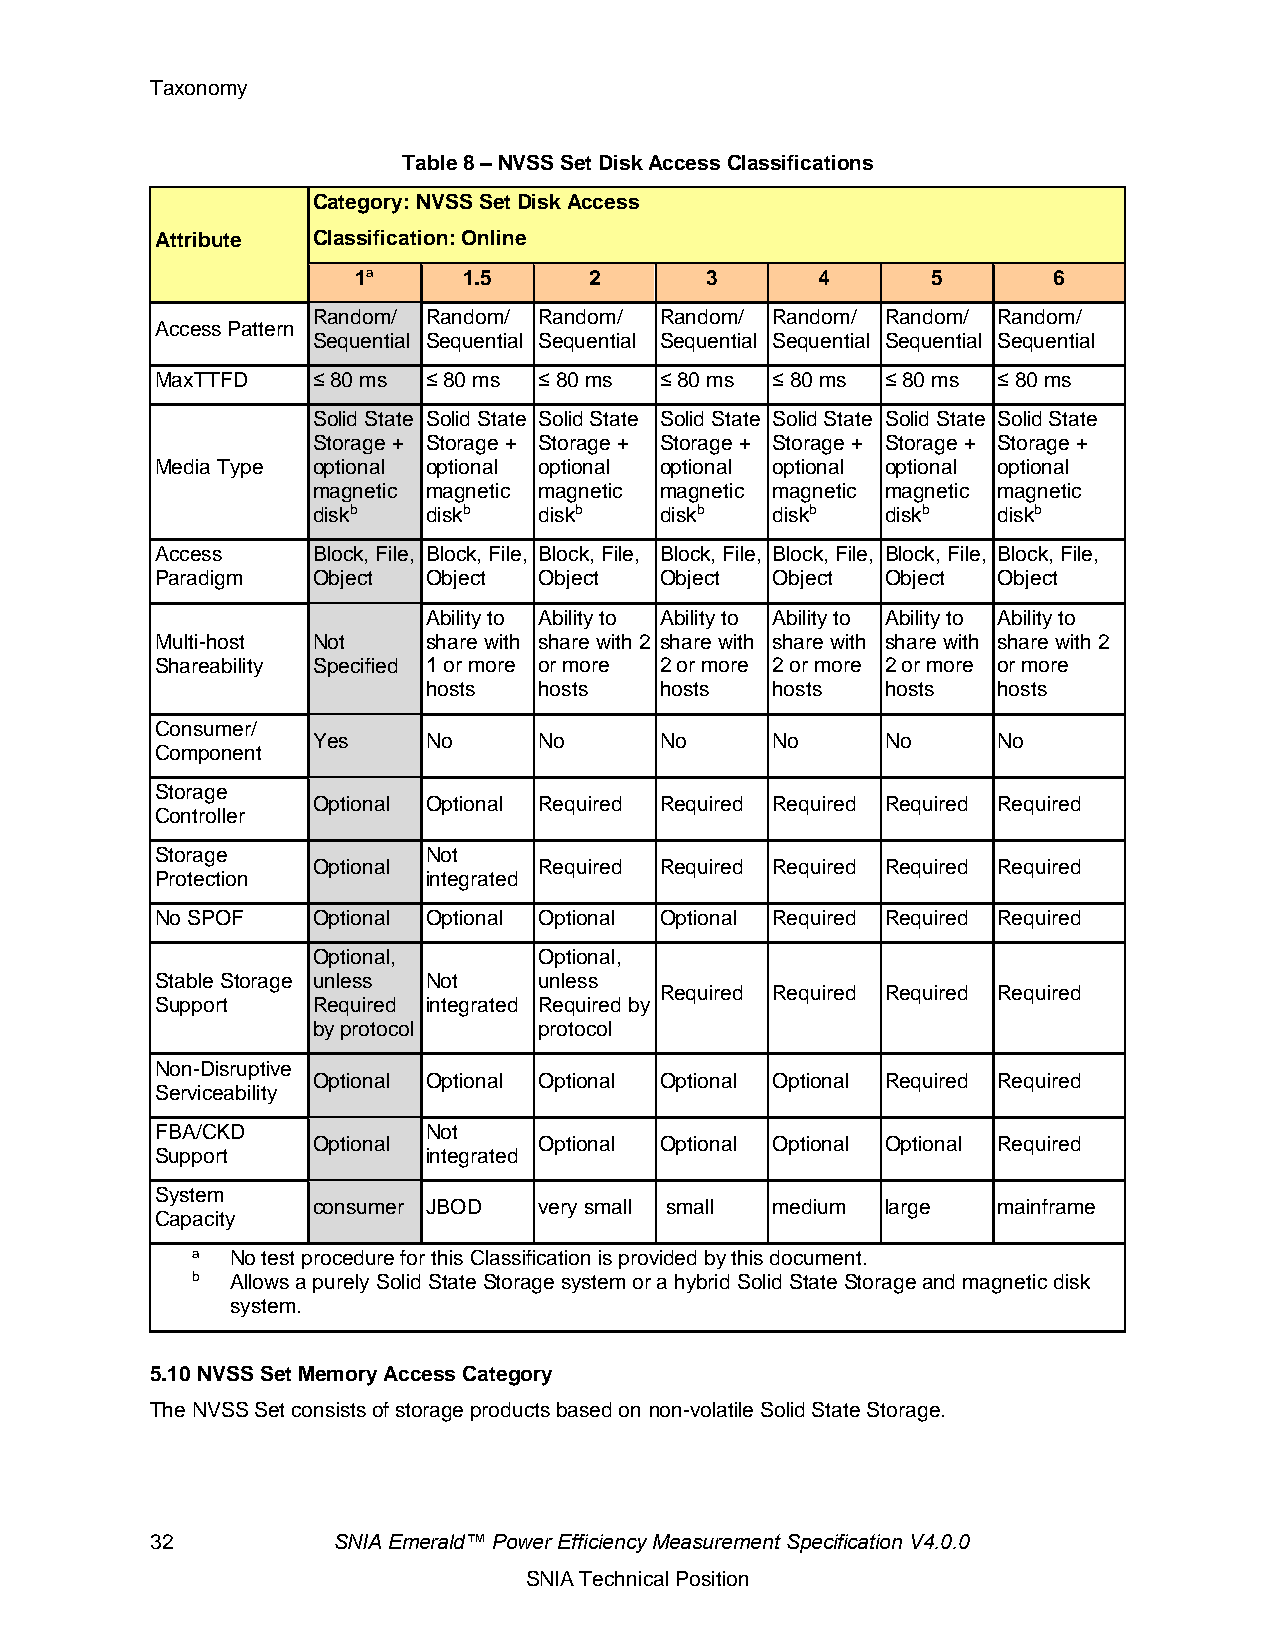
Taxonomy
 Table 8 – NVSS Set Disk Access Classifications
 Category: NVSS Set Disk Access
 Attribute  Classification: Online
 1a      1.5     2       3      4       5       6
 Random/ Random/ Random/ Random/ Random/ Random/ Random/
 Access Pattern
 Sequential Sequential Sequential Sequential Sequential Sequential Sequential
 MaxTTFD    ≤ 80 ms ≤ 80 ms ≤ 80 ms ≤ 80 ms ≤ 80 ms ≤ 80 ms ≤ 80 ms
 Solid State Solid State Solid State Solid State Solid State Solid State Solid State
 Storage + Storage + Storage + Storage + Storage + Storage + Storage +
 Media Type optional optional optional optional optional optional optional
 magnetic magnetic magnetic magnetic magnetic magnetic magnetic
 diskb  diskb   diskb   diskb  diskb   diskb  diskb
 Access     Block, File, Block, File, Block, File, Block, File, Block, File, Block, File, Block, File,
 Paradigm   Object Object  Object  Object Object  Object Object
 Ability to Ability to Ability to Ability to Ability to Ability to
 Multi-host Not    share with share with 2 share with share with share with share with 2
 Shareability Specified 1 or more or more 2 or more 2 or more 2 or more or more
 hosts   hosts   hosts  hosts   hosts  hosts
 Consumer/
 Yes    No      No      No     No      No     No
 Component
 Storage
 Optional Optional Required Required Required Required Required
 Controller
 Storage           Not
 Optional       Required Required Required Required Required
 Protection        integrated
 No SPOF    Optional Optional Optional Optional Required Required Required
 Optional,      Optional,
 Stable Storage unless Not unless
 Required Required Required Required
 Support    Required integrated Required by
 by protocol    protocol
 Non-Disruptive
 Optional Optional Optional Optional Optional Required Required
 Serviceability
 FBA/CKD           Not
 Optional       Optional Optional Optional Optional Required
 Support           integrated
 System
 consumer JBOD  very small small medium large mainframe
 Capacity
 a No test procedure for this Classification is provided by this document.
 b Allows a purely Solid State Storage system or a hybrid Solid State Storage and magnetic disk
 system.
 5.10 NVSS Set Memory Access Category
 The NVSS Set consists of storage products based on non-volatile Solid State Storage.
 32          SNIA Emerald™ Power Efficiency Measurement Specification V4.0.0
 SNIA Technical Position